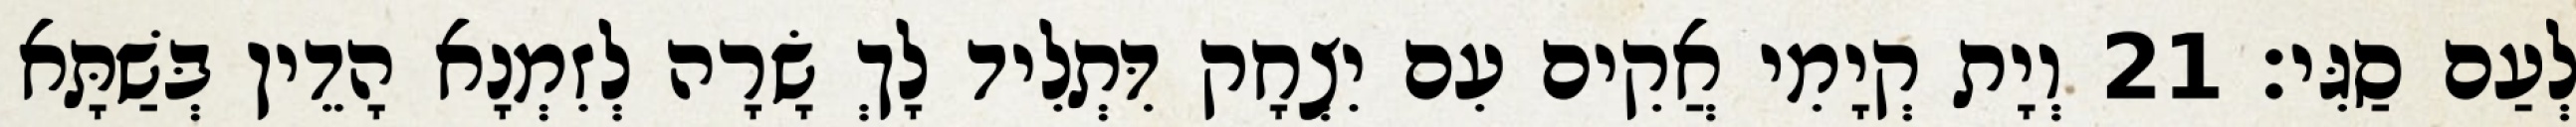
לְעַם סַגִּי׃ 21 וְיָת קְיָמִי אֲקִים עִם יִצְחָק דִּתְלִיד לָךְ שָׂרָה לְזִמְנָא הָדֵין בְּשַׁתָּא